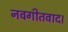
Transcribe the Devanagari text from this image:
नवगीतवाद।